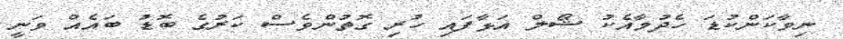
ނިވާކަންކުޑަ ހެދުމާއެކު ޝޯލްް އަޅާފައި ހުރި ގޮތުންވެސް ކަރުގެ ބޮޑު ބައެއް ވަނީ